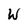
Character: W